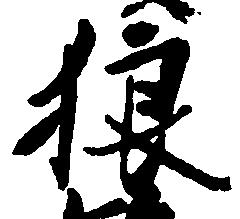
狼